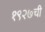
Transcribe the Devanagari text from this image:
१९२७ची